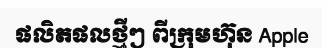
ផលិតផលថ្មីៗ ពីក្រុមហ៊ុន Apple